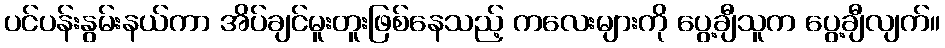
ပင်ပန်းနွမ်းနယ်ကာ အိပ်ချင်မူးတူးဖြစ်နေသည့် ကလေးများကို ပွေ့ချီသူက ပွေ့ချီလျက်။